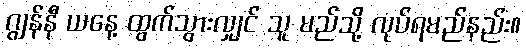
ဂျွန်နီ ယနေ့ ထွက်သွားလျှင် သူ မည်သို့ လုပ်ရမည်နည်း။